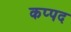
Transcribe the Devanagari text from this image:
कप्पद